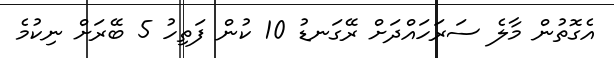
އެގޮތުން މާލެ ސަރަހައްދަށް ރޭގަނޑު 10 ކުން ފަތިހު 5 ބޭރަށް ނިކުމެ